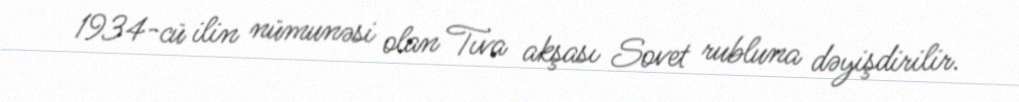
1934-cü ilin nümunəsi olan Tıva akşası Sovet rubluna dəyişdirilir.